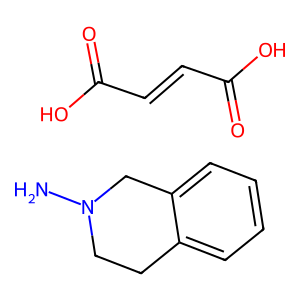
SMILES: NN1CCc2ccccc2C1.O=C(O)C=CC(=O)O
Inhibits HIV replication: No